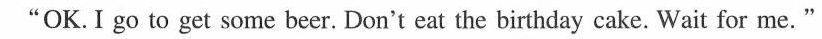
"OK.I go to get some beer. Don't eat the birthday cake. Wait for me."